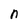
Character: n